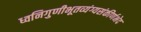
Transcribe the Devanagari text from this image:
ध्वनिगुणीभूतव्यंग्यसंकीर्णभेद